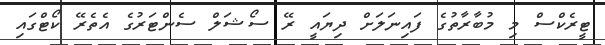
ޓީރެކްސް މި މުބާރާތުގެ ފައިނަލަށް ދިޔައީ ރޭ ސޯޝަލް ސެންޓަރުގެ އެތެރޭ ކޯޓްގައި